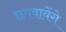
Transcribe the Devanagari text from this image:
छपवायेंगे